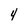
Character: 4